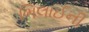
ભિલાઈની